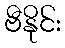
ဗီနိုင်း